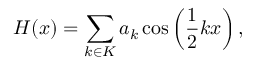
H ( x ) = \sum _ { k \in K } a _ { k } \cos \left( \frac { 1 } { 2 } k x \right) ,